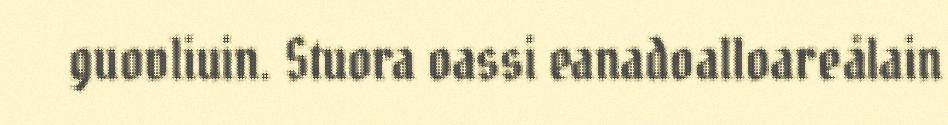
guovliuin. Stuora oassi eanadoalloareålain